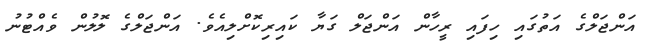
އަންޖަލްގެ އަތުގައި ހިފައި ރީހާން އަންޖަލް ގަޔާ ކައިރިކޮށްލިއެވެ. އަންޖަލްގެ ލޮލުން ވެއްޓުނު